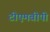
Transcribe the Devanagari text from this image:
टीएमबीपी